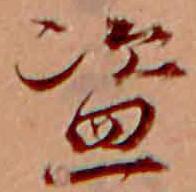
盗